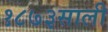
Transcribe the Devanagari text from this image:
१८७३साली